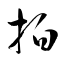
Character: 拍